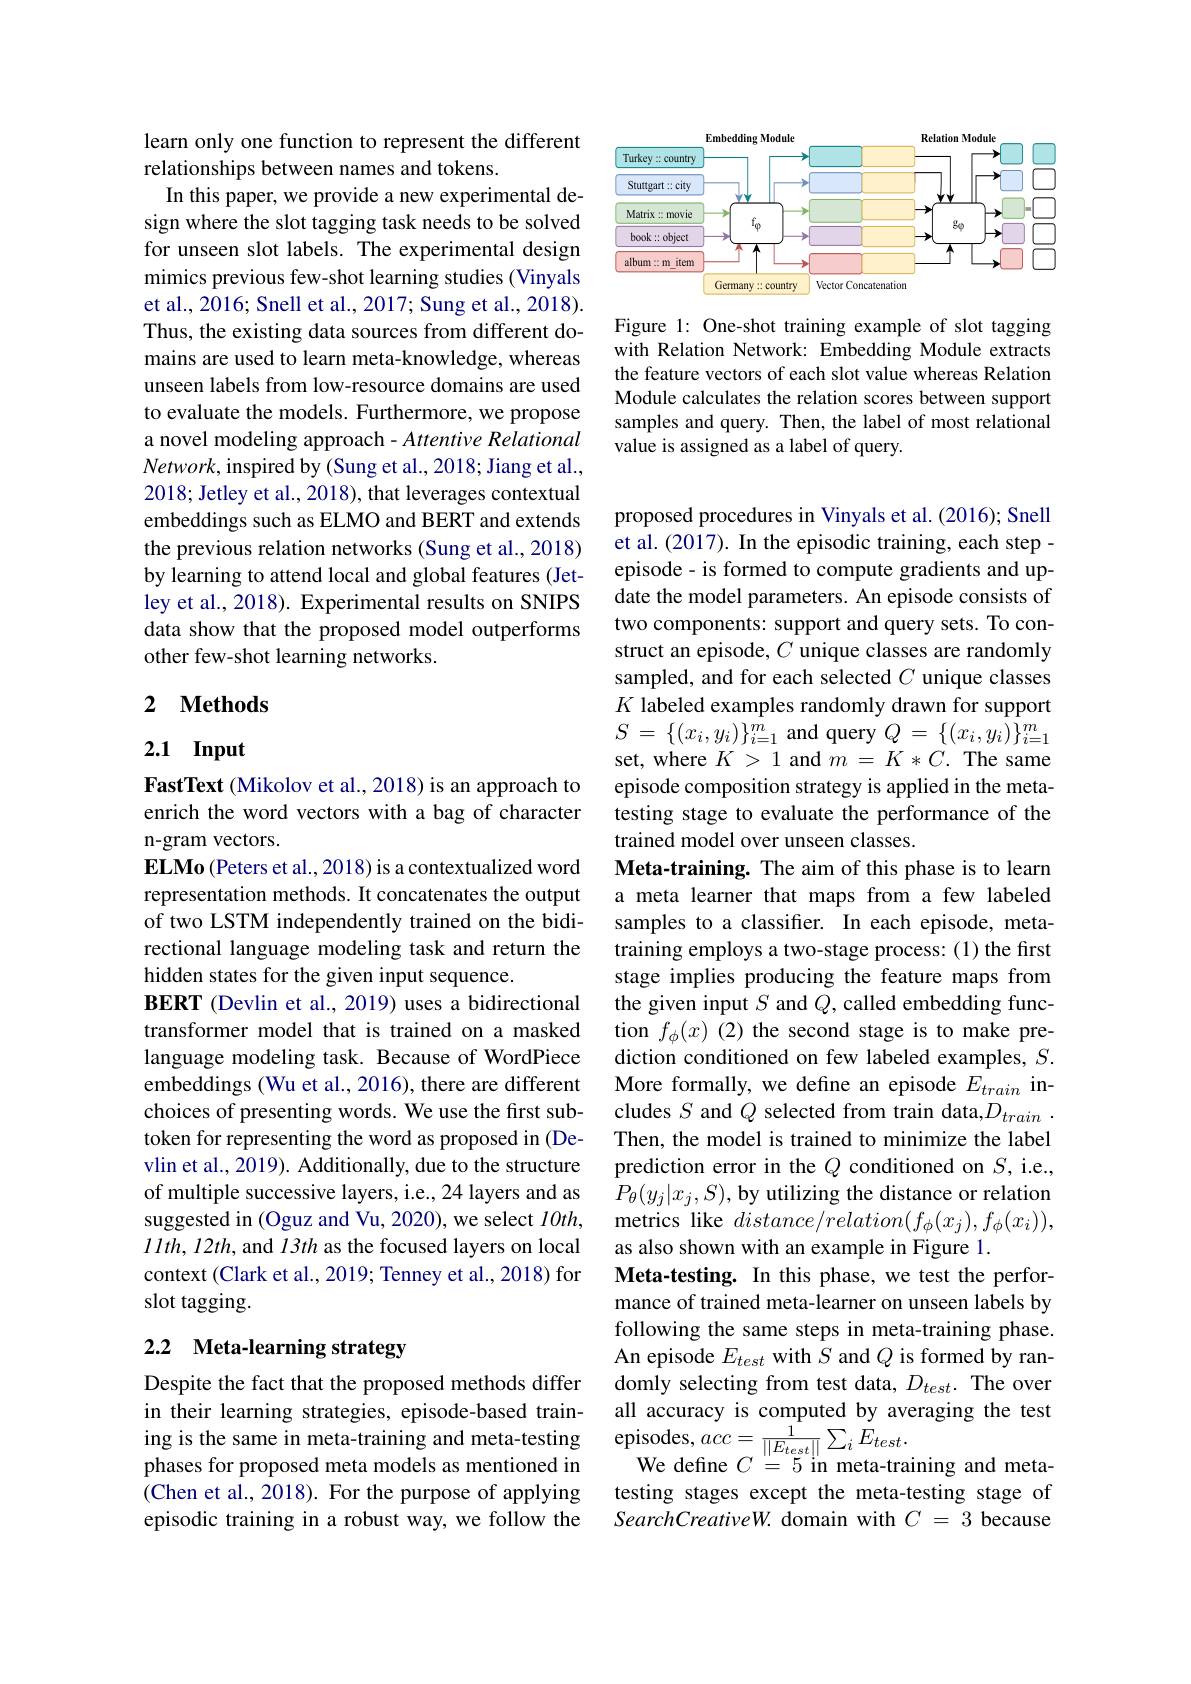
learn only one function to represent the different
relationships between names and tokens.
In this paper, we provide a new experimental design where the slot tagging task needs to be solved for unseen slot labels. The experimental design mimics previous few-shot learning studies (Vinyals et al., 2016; Snell et al., 2017; Sung et al., 2018). Thus, the existing data sources from different domains are used to learn meta-knowledge, whereas unseen labels from low-resource domains are used to evaluate the models. Furthermore, we propose a novel modeling approach- Attentive Relational $Network$,inspired by(Sung et al., 2018; Jiang et al., 2018; Jetley et al., 2018), that leverages contextual embeddings such as ELMO and BERT and extends the previous relation networks (Sung et al., 2018) by learning to attend local and global features (Jetley et al., 2018). Experimental results on SNIPS data show that the proposed model outperforms other few-shot learning networks.

## 2 $\textbf{Methods}$

## 2.1 Input

FastText (Mikolov et al., 2018) is an approach to enrich the word vectors with a bag of character n-gram vectors.
$\textbf{ELMo ( Peters et al. , 2018) is a contextualized word}$ representation methods. It concatenates the output of two LSTM independently trained on the bidirectional language modeling task and return the hidden states for the given input sequence.
BERT (Devlin et al., 2019) uses a bidirectional transformer model that is trained on a masked language modeling task. Because of WordPiece embeddings (Wu et al., 2016), there are different token for representing the word as proposed in (Devlin et al., 2019). Additionally, due to the structure of multiple successive layers, i.e., 24 layers and as suggested in (Oguz and Vu, 2020), we select $l0th$, $llth,12th$, and $l3th$ as the focused layers on local context (Clark et al., 2019; Tenney et al., 2018) for slot tagging.

## 2.2 Meta-learning strategy

Despite the fact that the proposed methods differ in their learning strategies, episode-based trainphases for proposed meta models as mentioned in (Chen et al., 2018). For the purpose of applying episodic training in a robust way, we follow the

<FigureHere>

Figure 1: One-shot training example of slot tagging with Relation Network: Embedding Module extracts the feature vectors of each slot value whereas Relation Module calculates the relation scores between support samples and query. Then, the label of most relational value is assigned as a label of query.

proposed procedures in Vinyals et al. (2016); Snell et al. (2017). In the episodic training, each step - episode - is formed to compute gradients and update the model parameters. An episode consists of two components: support and query sets. To construct an episode, $C$ unique classes are randomly sampled, and for each selected $C$ unique classes $K$ labeled examples randomly drawn for support $S$ = $\{ ( x_{i}, y_{i}) \} _{i= 1}^{m}$and query $Q$ = $\{ ( x_{i}, y_{i}) \} _{i= 1}^{m}$ set, where $K>1$ and $m=K*C.$ The same episode composition strategy is applied in the metatesting stage to evaluate the performance of the trained model over unseen classes.
Meta-training. The aim of this phase is to learn a meta learner that maps from a few labeled samples to a classifier. In each episode, metatraining employs a two-stage process: (1) the first stage implies producing the feature maps from the given input $S$ and $Q$, called embedding function $f_\phi(x)$ (2) the second stage is to make prediction conditioned on few labeled examples, $S.$ More formally, we define an episode $E_{train}$ in-
choices of presenting words. We use the first sub- cludes $S$ and $Q$ selected from train data,$D_train$ .
Then, the model is trained to minimize the label prediction error in the $Q$ conditioned on $S$, i.e., $P_{\theta}(y_{j}|x_{j},S)$,by utilizing the distance or relation metrics like $distance/relation(f_{\phi}(x_{j}),f_{\phi}(x_{i}))$, as also shown with an example in Figure 1.
Meta-testing. In this phase, we test the performance of trained meta-learner on unseen labels by following the same steps in meta-training phase. An episode $E_test$ with $S$ and $Q$ is formed by randomly selecting from test data, $D_{test}.$ The over all accuracy is computed by averaging the test
ing is the same in meta-training and meta-testing episodes, $acc=\frac{1}{\|E_{test}\|}\sum_{i}E_{test}.$
We define $C=5$ in meta-training and metatesting stages except the meta-testing stage of SearchCreativeW. domain with $C=3$ because